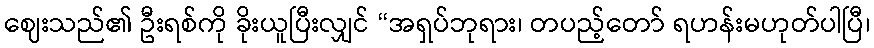
ဈေးသည်၏ ဦးရစ်ကို ခိုးယူပြီးလျှင် “အရှပ်ဘုရား၊ တပည့်တော် ရဟန်းမဟုတ်ပါပြီ၊